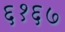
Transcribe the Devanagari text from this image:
६१६७